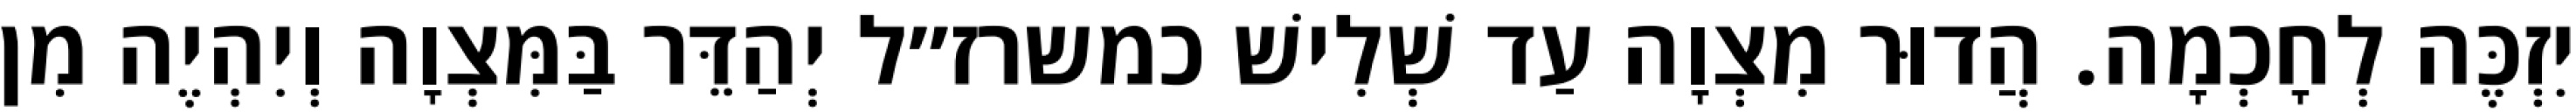
יִזְכֶּה לְחָכְמָה. הֲדוּר מִצְוָה עַד שְׁלִישׁ כמשרז״ל יְהַדֵּר בַּמִּצְוָה וְיִהְיֶה מִן